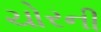
ચોરની